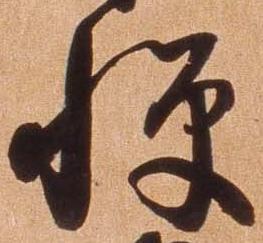
憚